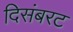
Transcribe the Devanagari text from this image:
दिसंबरट